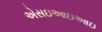
એસઇઆઇઆઇ